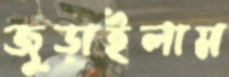
জুড়াইলাম